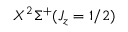
X ^ { 2 } \Sigma ^ { + } ( J _ { z } = 1 / 2 )